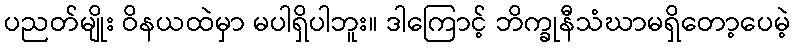
ပညတ်မျိုး ဝိနယထဲမှာ မပါရှိပါဘူး။ ဒါကြောင့် ဘိက္ခုနီသံဃာမရှိတော့ပေမဲ့